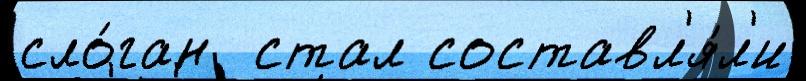
сло́ган  стал составл'я́л'и